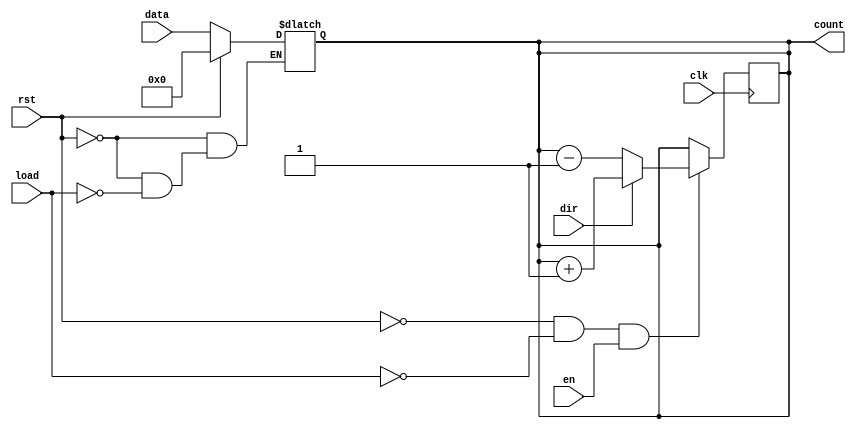
module async_load_counter (
    input wire clk,          // Clock signal
    input wire rst,          // Asynchronous reset
    input wire load,         // Asynchronous load signal
    input wire [7:0] data,   // Load value (8-bit for example)
    input wire en,           // Count enable signal
    input wire dir,          // Counting direction (1 for up, 0 for down)
    output reg [7:0] count   // Current counter value (8-bit for example)
);

    // Asynchronous reset
    always @(*) begin
        if (rst) begin
            count = 8'b0; // Reset to zero
        end else if (load) begin
            count = data; // Load the specified value
        end
    end

    // Synchronous counting operation
    always @(posedge clk) begin
        if (!rst && !load && en) begin
            if (dir) begin
                count <= count + 1; // Increment
            end else begin
                count <= count - 1; // Decrement
            end
        end
    end

endmodule